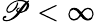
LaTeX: \mathscr{P}<\infty